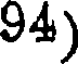
94)